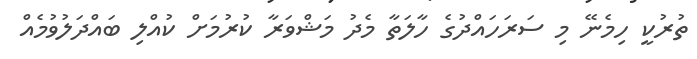
ތުރުކީ ހިމެނޭ މި ސަރަހައްދުގެ ހާލަތާ މެދު މަޝްވަރާ ކުރުމަށް ކުއްލި ބައްދަލުވުމެއް